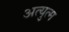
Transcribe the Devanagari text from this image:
अत्युत्म